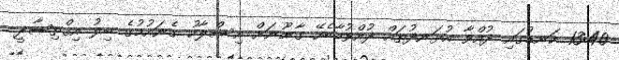
13:40 ކަނޑުގައި ދުއްވާ އުޅަނދުތައް ދުއްވުމާބެހޭ ގާނޫނަށް އިސްލާހު ގެނައުމުގެ ބިލު އިޤްތިޞާދީ